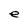
Character: e